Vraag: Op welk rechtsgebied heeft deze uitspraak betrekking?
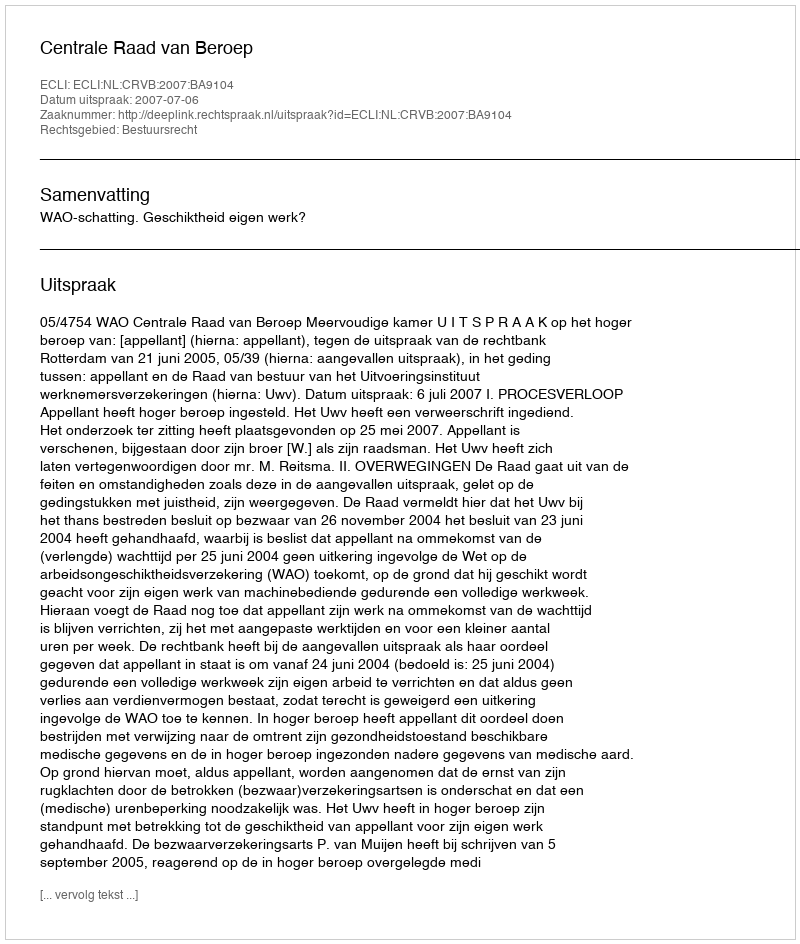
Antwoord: Bestuursrecht